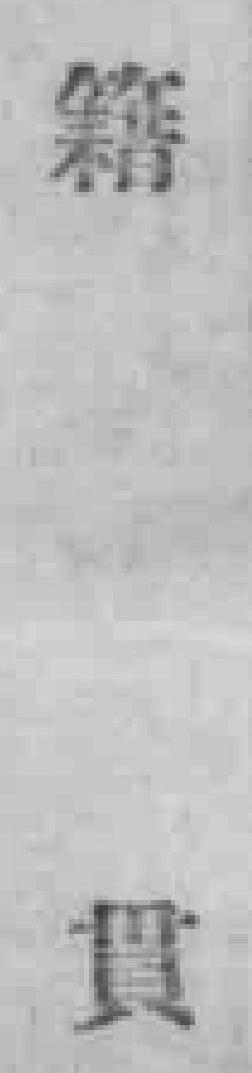
籍貫